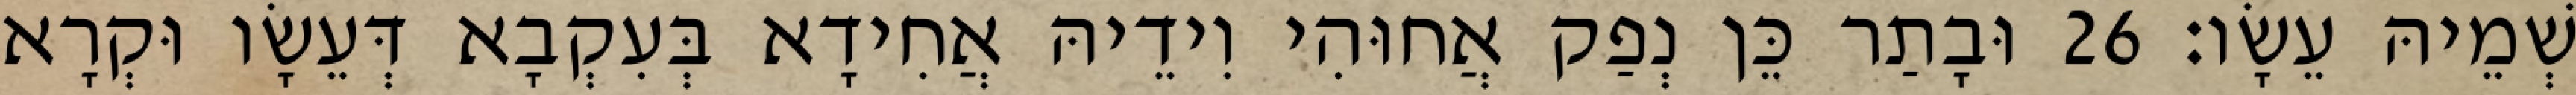
שְׁמֵיהּ עֵשָׂו׃ 26 וּבָתַר כֵּן נְפַק אֲחוּהִי וִידֵיהּ אֲחִידָא בְּעִקְבָא דְּעֵשָׂו וּקְרָא